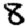
Digit: 8